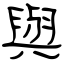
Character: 與